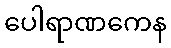
ပေါရာဏကေန